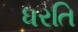
ધરતિ